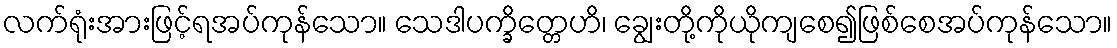
လက်ရုံးအားဖြင့်ရအပ်ကုန်သော။ သေဒါပက္ခိတ္တေဟိ၊ ချွေးတို့ကိုယိုကျစေ၍ဖြစ်စေအပ်ကုန်သော။